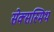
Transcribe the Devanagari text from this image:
सेक्सस्मिथ